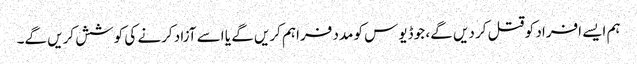
ہم ایسے افراد کو قتل کر دیں گے، جو ڈیوس کو مدد فراہم کریں گے یا اسے آزاد کرنے کی کوشش کریں گے۔